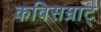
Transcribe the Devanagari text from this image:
कविसम्राट्